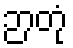
ဉာတုံ